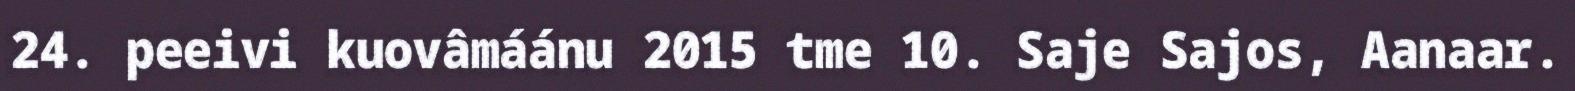
24. peeivi kuovâmáánu 2015 tme 10. Saje Sajos, Aanaar.